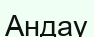
Андау